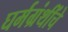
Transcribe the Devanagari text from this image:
घर्मग्रंथींचे